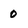
Character: 0